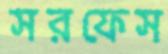
সরফেস